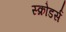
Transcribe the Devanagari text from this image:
स्क्रोडर्स